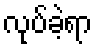
လုပ်ခဲ့ရာ